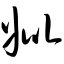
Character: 妣